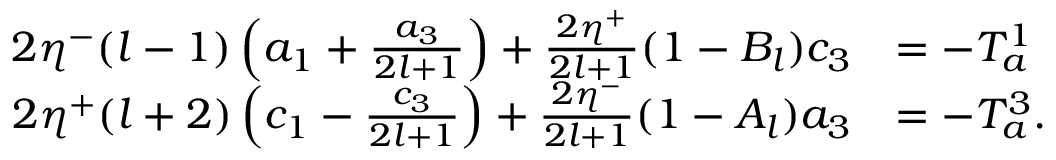
\begin{array} { r l } { 2 \eta ^ { - } ( l - 1 ) \left( a _ { 1 } + \frac { a _ { 3 } } { 2 l + 1 } \right) + \frac { 2 \eta ^ { + } } { 2 l + 1 } ( 1 - B _ { l } ) c _ { 3 } } & { = - T _ { a } ^ { 1 } } \\ { 2 \eta ^ { + } ( l + 2 ) \left( c _ { 1 } - \frac { c _ { 3 } } { 2 l + 1 } \right) + \frac { 2 \eta ^ { - } } { 2 l + 1 } ( 1 - A _ { l } ) a _ { 3 } } & { = - T _ { a } ^ { 3 } . } \end{array}